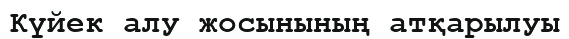
Күйек алу жосынының атқарылуы